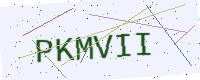
Text: PKMVII